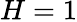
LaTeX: H=1